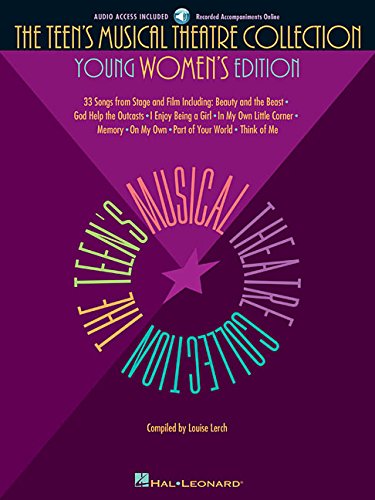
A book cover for The Teen's Musical Theatre Collection: Young Women's Edition, 33 Songs from Stage and Film [with online Accompaniment]; Humor & Entertainment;